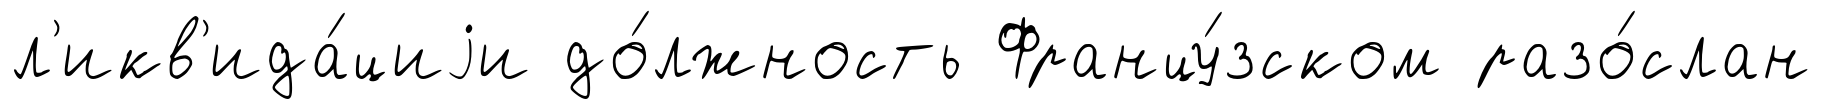
л'икв'ида́циjи до́лжность Францу́зском разо́слан